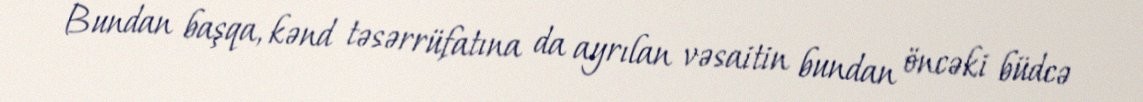
Bundan başqa, kənd təsərrüfatına da ayrılan vəsaitin bundan öncəki büdcə